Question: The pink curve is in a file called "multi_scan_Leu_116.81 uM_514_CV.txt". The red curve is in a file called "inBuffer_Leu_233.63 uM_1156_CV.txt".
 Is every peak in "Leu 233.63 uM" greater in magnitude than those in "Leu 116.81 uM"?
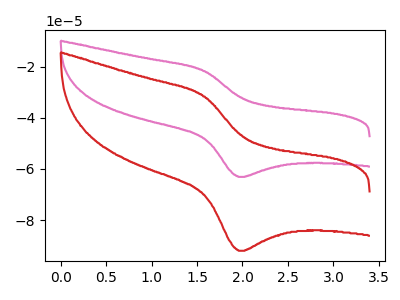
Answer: <think>The pink curve "Leu 116.81 uM" has an anodic peak at (1.60V, -21.70uA) and a cathodic peak at (1.95V, -63.10uA). The red curve "Leu 233.63 uM" has an anodic peak at (1.60V, -31.65uA) and a cathodic peak at (1.95V, -92.00uA).</think>
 <answer>The peaks in "Leu 233.63 uM" are neither all higher or all lower than the peaks in "Leu 116.81 uM".</answer>
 <eval>mixed</eval>